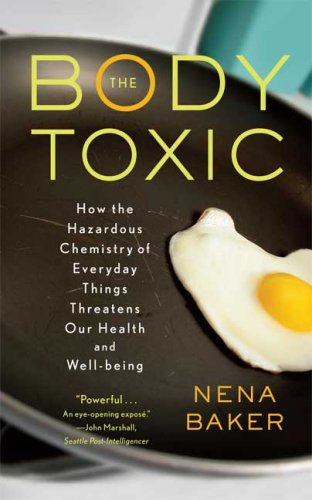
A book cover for The Body Toxic: How the Hazardous Chemistry of Everyday Things Threatens Our Health and Well-being; Nena Baker; Medical Books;